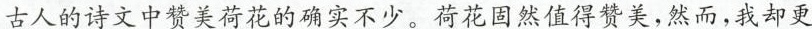
古人的诗文中赞美荷花的确实不少。荷花固然值得赞美，然而，我却更